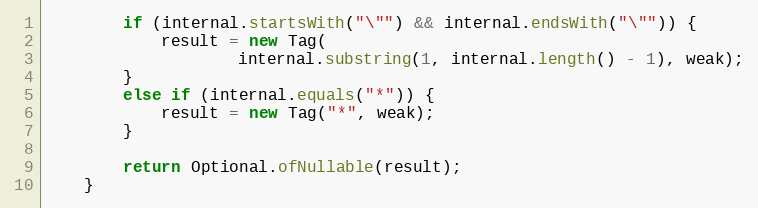
Language: Java
        if (internal.startsWith("\"") && internal.endsWith("\"")) {
            result = new Tag(
                    internal.substring(1, internal.length() - 1), weak);
        }
        else if (internal.equals("*")) {
            result = new Tag("*", weak);
        }

        return Optional.ofNullable(result);
    }